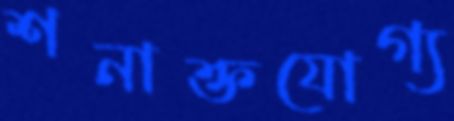
শনাক্তযোগ্য